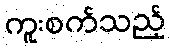
ကူးစက်သည့်